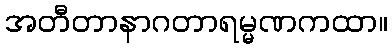
အတီတာနာဂတာရမ္မဏကထာ။